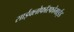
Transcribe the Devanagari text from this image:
साईक्लोफॉस्फोमाईड